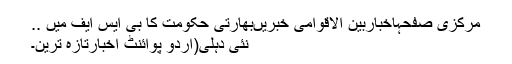
مرکزی صفحہاخباربین الاقوامی خبریںبھارتی حکومت کا بی ایس ایف میں ..
نئی دہلی(اُردو پوائنٹ اخبارتازہ ترین۔